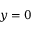
y = 0